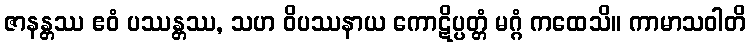
ဇာနန္တဿ ဧဝံ ပဿန္တဿ, သဟ ဝိပဿနာယ ကောဋိပ္ပတ္တံ မဂ္ဂံ ကထေသိ။ ကာမာသဝါတိ